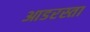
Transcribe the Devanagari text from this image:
आडरस्ता